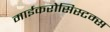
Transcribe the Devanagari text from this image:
माईकरोसिस्टम्स